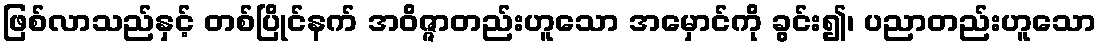
ဖြစ်လာသည်နှင့် တစ်ပြိုင်နက် အဝိဇ္ဇာတည်းဟူသော အမှောင်ကို ခွင်း၍၊ ပညာတည်းဟူသော